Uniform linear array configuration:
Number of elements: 48
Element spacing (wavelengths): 1
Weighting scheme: hamming
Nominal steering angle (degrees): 30
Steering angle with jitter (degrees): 30.744
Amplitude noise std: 0.05
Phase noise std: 0.05

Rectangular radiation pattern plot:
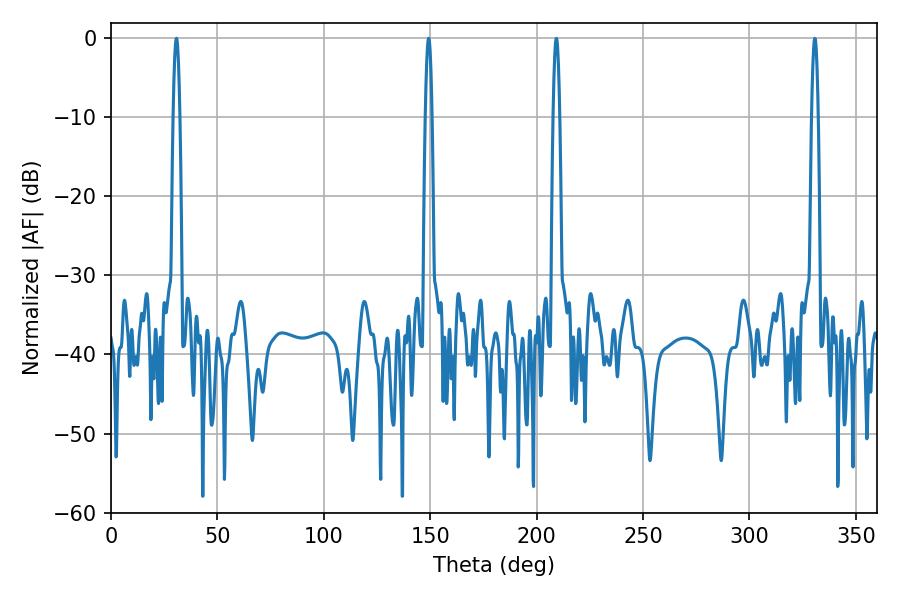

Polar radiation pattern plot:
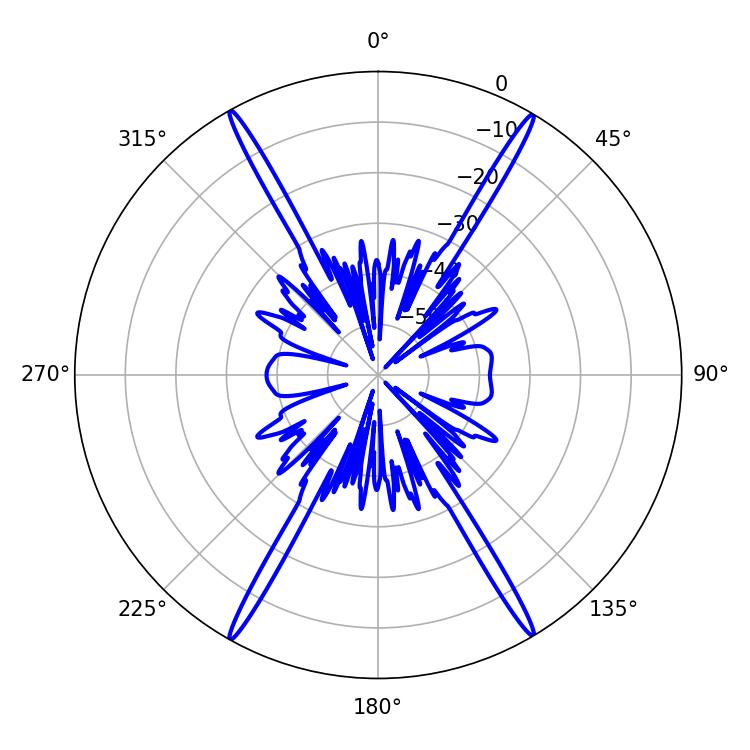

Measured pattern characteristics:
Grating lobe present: TRUE
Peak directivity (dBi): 30.051
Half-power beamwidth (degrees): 1.62
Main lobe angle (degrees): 30.78